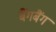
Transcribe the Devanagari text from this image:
बैंगबैंग